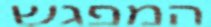
המפגש